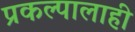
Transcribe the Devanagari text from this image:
प्रकल्पालाही